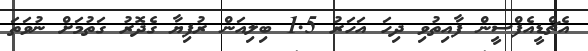
އެޗްޑީއެފްސީން ފާއިތުވި ދިހަ އަހަރު 1.5 ބިލިއަން ރުފިޔާ ގެދޮރު ގަތުމަށް ނުވަތަ